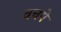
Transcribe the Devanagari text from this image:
वचपे